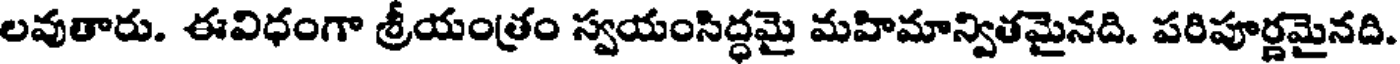
లవుతారు. ఈవిధంగా శ్రీయంత్రం స్వయంసిద్ధమై మహిమాన్వితమైనది. పరిపూర్ణమైనది.